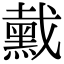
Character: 䵧